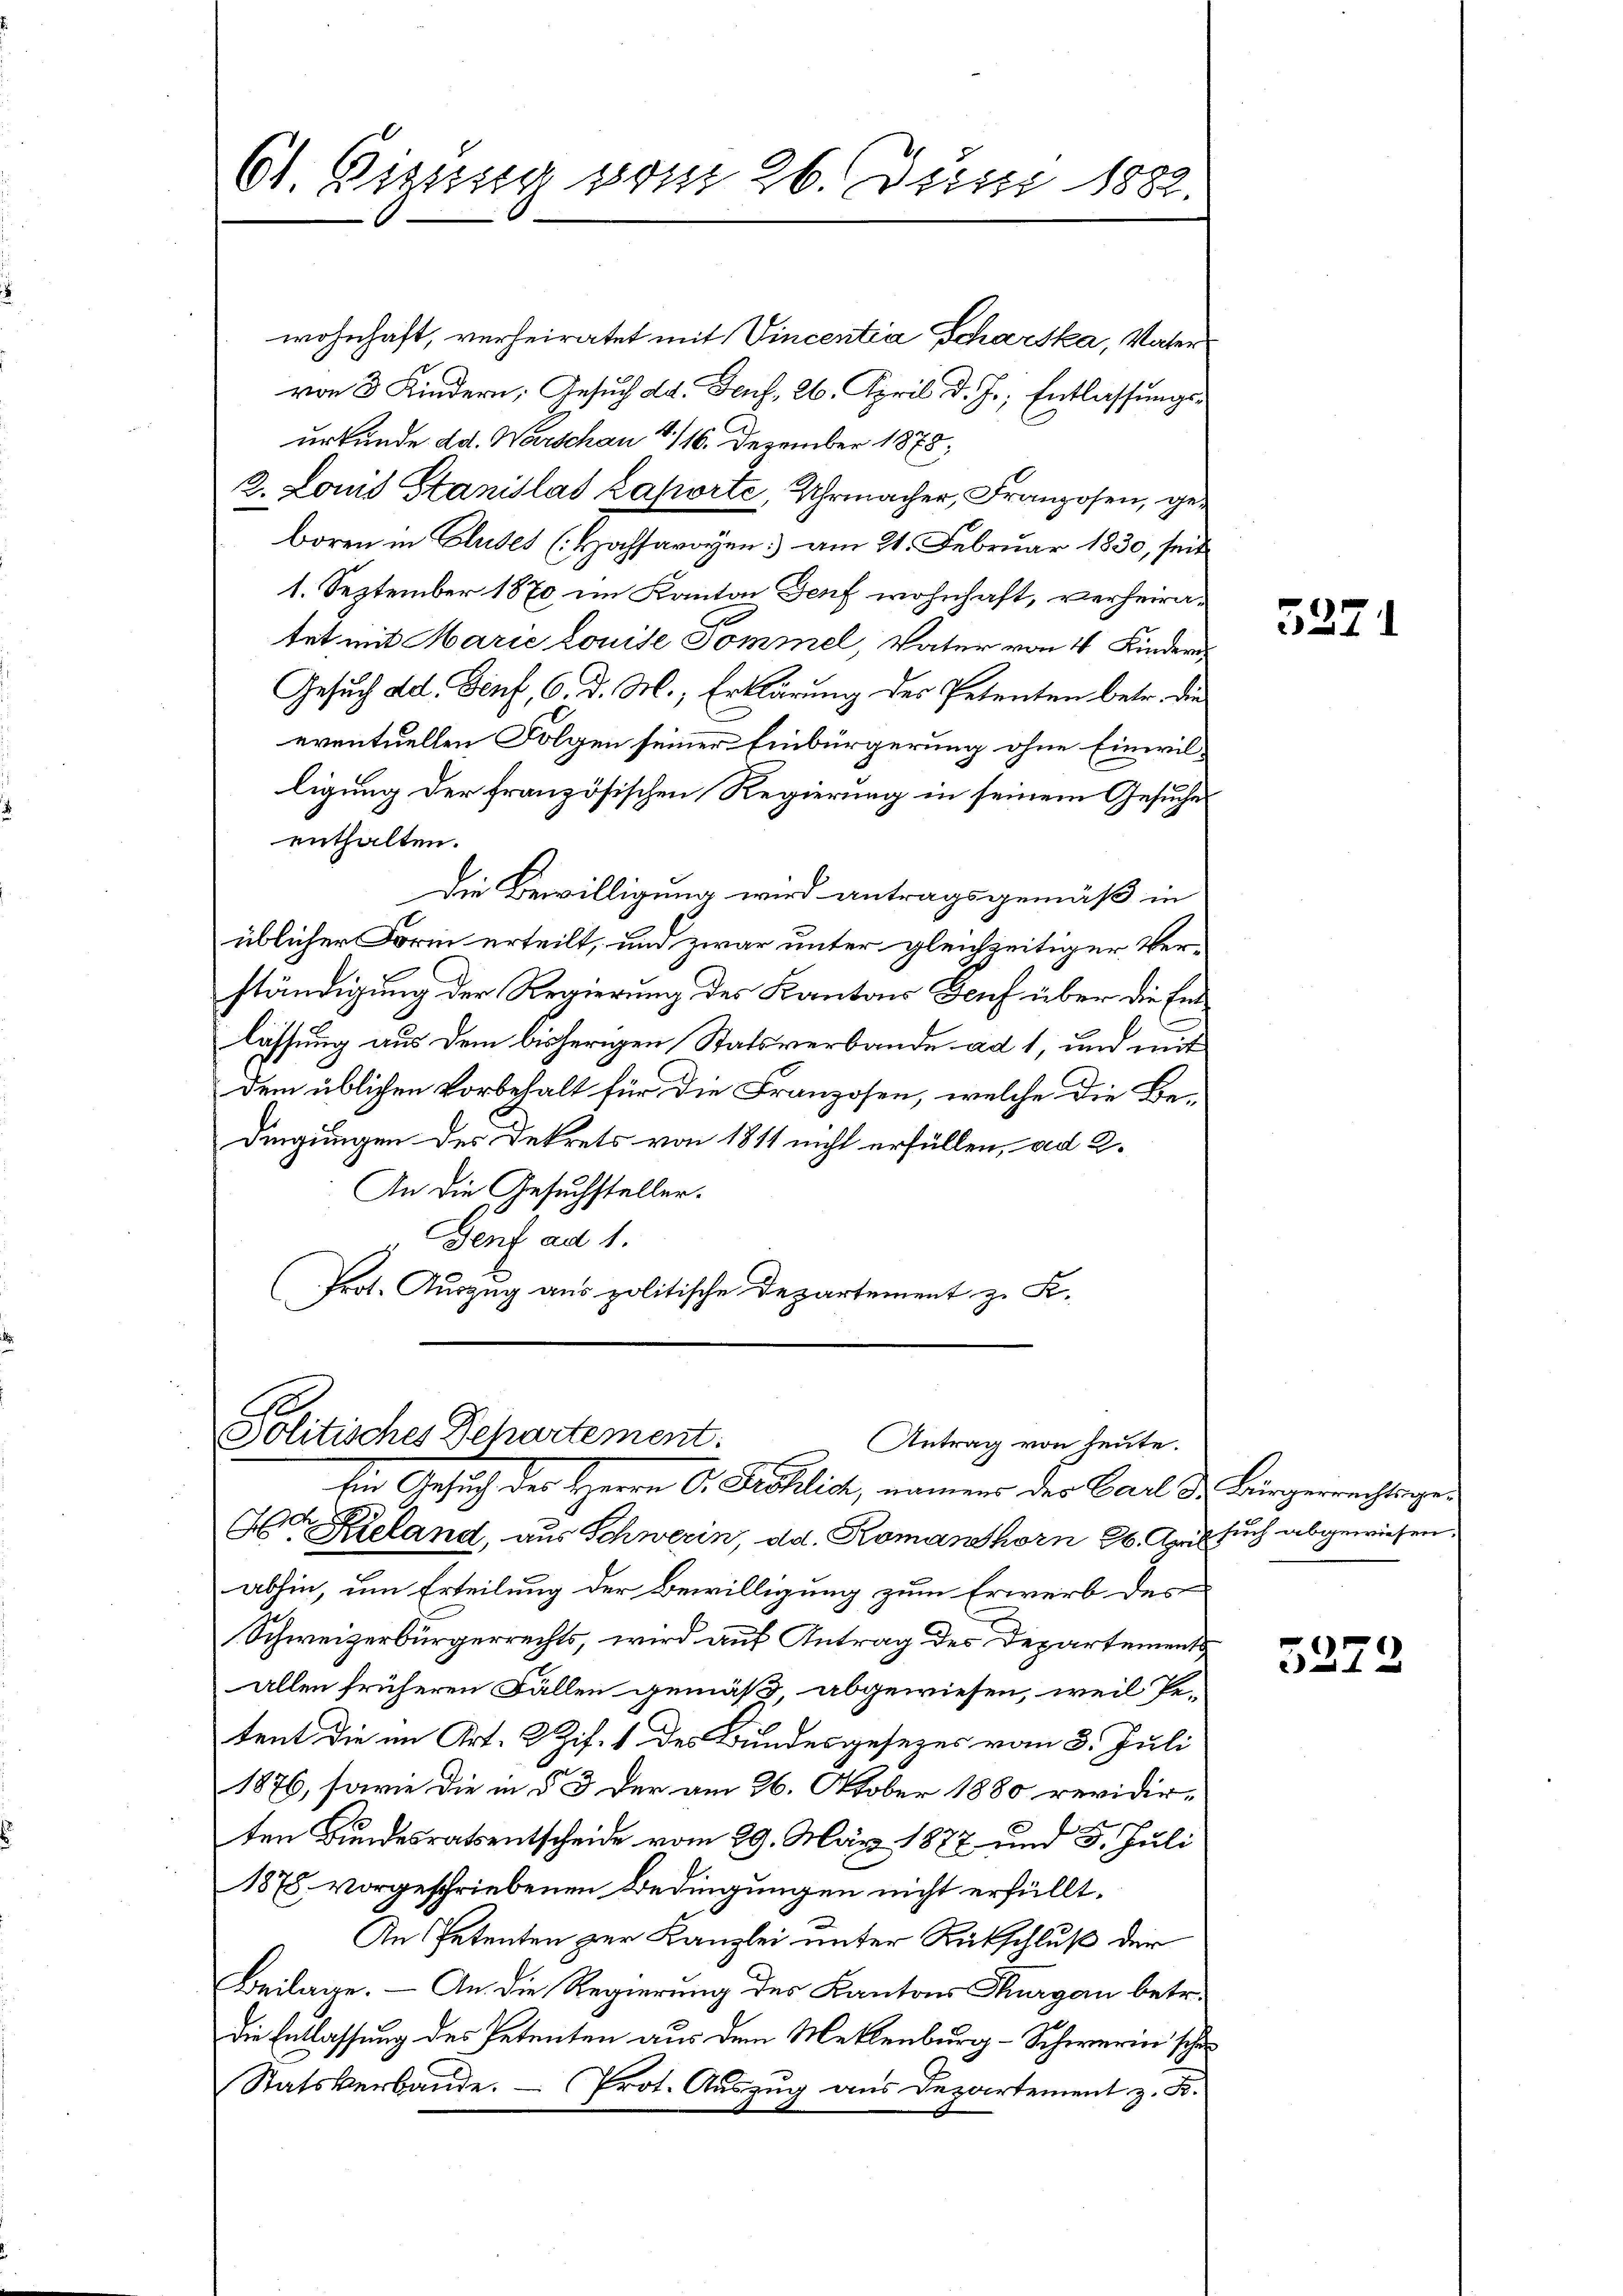
61. Bizeisig vom 26. Justi 1882.

wohnhaft, verheiratet mit Vincentia Scharska, Vatervon 3 Kindern, Gesuch da. Genf. 26. April d. J., Entlassungsurkunde ad. Warschau 4/16. Dezember 1875;
2. Louis Stanislas Laporte, Uhrmacher, Franzosen, geboren in Blutes (Hohsavoyen am 21. Februar 1830, seit
1. September 1870 im Kanton Genf wohnhaft, verheiratet mit Marie Louise Pommel, Vater von 4 Kindern
Gesuch ad. Genf, 6. d. M., Erklärung des Petenten betr. die
eventuellen Folgen seiner Einbürgerung ohne Einwilligung der französischen Regierung in seinem Gesuche
enthalten.
Die Bewilligung wird antragsgemäß in
üblicher Form erteilt, und zwar unter gleichzeitiger Ver-
ständigung der Regierung des Kantons Teuf über die Einlassung aus dem bisherigen Statsverbande ad 1, und mit
dem üblichen Vorbehalt für die Franzosen, welche die Bedingungen des Dekrets von 1811 nicht erfüllen, ad 2.
An die Gesuchsteller.
Genf ad 1.
Prot. Auszug aus politische Departement z. B.

Politisches Departement.
Antrag von heute.
Ein Gesuch der Herrn C. Schlich, namens der Carl des Bürgermachtragen

H Kieland, aus Schwerin, ad. Romanshorn 26. April such abgewiesen.
abhin, um Erteilung der Bewilligung zum Erwerb des
Schweizerbürgerrechts, wird auf Antrag des Departements
allen früheren Fällen gemäß abgewiesen, weil Pe-
tent die im Art. 2 Zif. 1 des Bundesgesezes vom 8. Juli
1876, sowie die in § 3 der am 26. Oktober 1880 revidir
ten Bundesratsentscheide vom 29. März 1877 und 5. Juli
1875. vorgeschriebenen Bedingungen nicht erfüllt.
An Petenten zur Kanzlei unter Rückschluß der
Beilage. — An die Regierung des Kantons Thurgau betr.
die Entlassung des Petenten aus dem Meklenburg-Schwerin scho
Statsverbande. - Prot. Auszug aus Departement z. B.

5271

5273